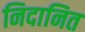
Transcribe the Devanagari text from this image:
निदानित